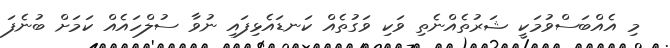
މި އެއްބަސްވުމަކީ ޝަރުތެއްނެތި ވަކި ވަގުތެއް ކަނޑައެޅިފައި ނުވާ ސުލްހައެއް ކަމަށް ބުނެފަ